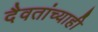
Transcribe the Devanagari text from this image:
दैवतांच्याही